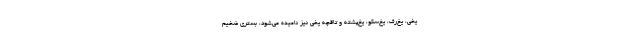
یخی، یخ‌رف، یخ‌سکو، یخ‌پشته و تاقچه یخی نیز نامیده می‌شود، بستری ضخیم